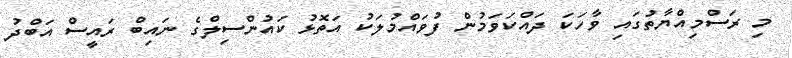
މި ރަސްމިއްޔާތުގައި ވާހަކަ ދައްކަވަމުން ފުވައްމުލަކު އަތޮޅު ކައުންސިލްގެ ނައިބް ރައީސް އަބްދު